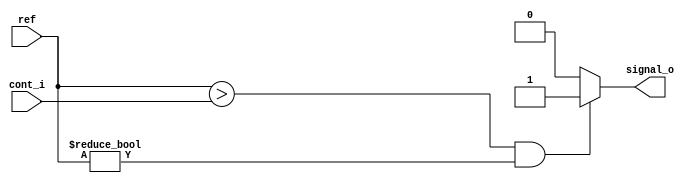
`timescale 1ns / 1ps
//////////////////////////////////////////////////////////////////////////////////
// Company: 
// 
// Design Name: 
// Module Name:    Comparador 
// Project Name: 
// Target Devices: 
// Tool versions: 
// Description: 
//
// Dependencies: 
//
// Revision: 
// Revision 0.01 - File Created
// Additional Comments: 
//
//////////////////////////////////////////////////////////////////////////////////
module Comparador(cont_i,ref,signal_o);

input [3:0]cont_i,ref;// Dos entradas que comparadas generan la salida modulada
output reg signal_o;// Salida modula

always @(*)
	begin
		if(ref>cont_i && ref!=0)
			signal_o=1;
			
		else
			signal_o=0;

	end

endmodule